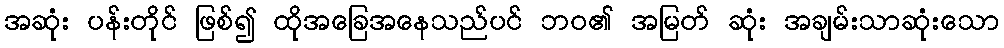
အဆုံး ပန်းတိုင် ဖြစ်၍ ထိုအခြေအနေသည်ပင် ဘဝ၏ အမြတ် ဆုံး အချမ်းသာဆုံးသော